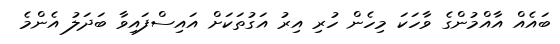
ބައެއް އާއްމުންގެ ވާހަކަ މިހެން ހުރި އިރު އަގުތަކަށް އައިސްފައިވާ ބަދަލު އެންމެ